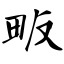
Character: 畈